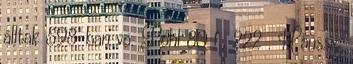
álltak 598-ban vö. Pohl 80 f., 222 . Haussig